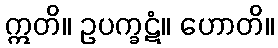
ဣတိ။ ဥပက္ခဋံ။ ဟောတိ။